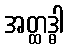
အတ္ထဒ္ဓါ